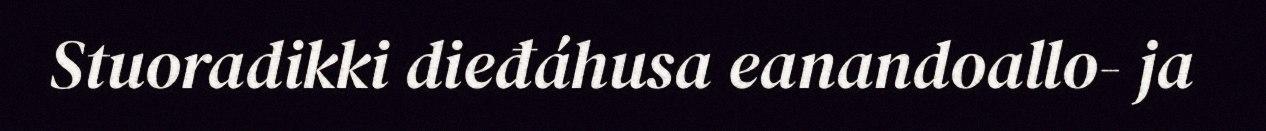
Stuoradikki dieđáhusa eanandoallo- ja